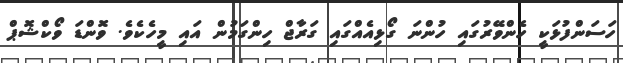
ހަސަންފުޅަކީ ހެންވޭރުގައި ހުންނަ ގޯޅިއެއްގައި ގަރާޖް ހިންގަމުން އައި މީހެކެވެ. ވޮންޑަ ވޯކްޝޮޕް